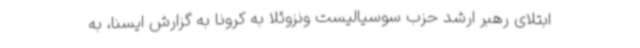
ابتلای رهبر ارشد حزب سوسیالیست ونزوئلا به کرونا به گزارش ایسنا، به